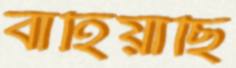
বাহিয়াছি